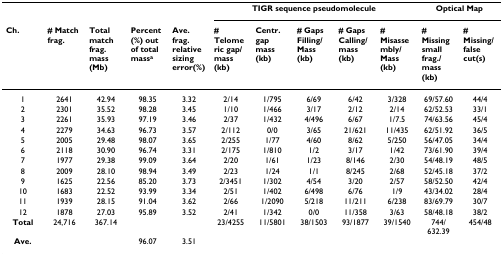
<table><thead><tr><td></td><td></td><td></td><td></td><td></td><td colspan="5"><b>TIGR sequence pseudomolecule</b></td><td colspan="2"><b>Optical Map</b></td></tr><tr><td><b>Ch.</b></td><td><b># Match frag.</b></td><td><b>Total match frag. mass (Mb)</b></td><td><b>Percent (%) out of total mass<sup>a</sup></b></td><td><b>Ave. frag. relative sizing error(%)</b></td><td><b># Telomeric gap/mass (kb)</b></td><td><b>Centr. gap mass (kb)</b></td><td><b># Gaps Filling/Mass (kb)</b></td><td><b># Gaps Calling/mass (kb)</b></td><td><b># Misassembly/Mass (kb)</b></td><td><b># Missing small frag./mass (kb)</b></td><td><b># Missing/false cut(s)</b></td></tr></thead><tbody><tr><td>1</td><td>2641</td><td>42.94</td><td>98.35</td><td>3.32</td><td>2/14</td><td>1/795</td><td>6/69</td><td>6/42</td><td>3/328</td><td>69/57.60</td><td>44/4</td></tr><tr><td>2</td><td>2301</td><td>35.52</td><td>98.28</td><td>3.45</td><td>1/10</td><td>1/466</td><td>3/17</td><td>2/12</td><td>2/14</td><td>62/52.53</td><td>33/1</td></tr><tr><td>3</td><td>2261</td><td>35.93</td><td>97.19</td><td>3.46</td><td>2/37</td><td>1/432</td><td>4/496</td><td>6/67</td><td>1/7.5</td><td>74/63.56</td><td>45/4</td></tr><tr><td>4</td><td>2279</td><td>34.63</td><td>96.73</td><td>3.57</td><td>2/112</td><td>0/0</td><td>3/65</td><td>21/621</td><td>11/435</td><td>62/51.92</td><td>36/5</td></tr><tr><td>5</td><td>2005</td><td>29.48</td><td>98.07</td><td>3.65</td><td>2/255</td><td>1/77</td><td>4/60</td><td>8/62</td><td>5/250</td><td>56/47.05</td><td>34/4</td></tr><tr><td>6</td><td>2118</td><td>30.90</td><td>96.74</td><td>3.31</td><td>2/175</td><td>1/810</td><td>1/2</td><td>3/17</td><td>1/42</td><td>73/61.90</td><td>39/4</td></tr><tr><td>7</td><td>1977</td><td>29.38</td><td>99.09</td><td>3.64</td><td>2/20</td><td>1/61</td><td>1/23</td><td>8/146</td><td>2/30</td><td>54/48.19</td><td>48/5</td></tr><tr><td>8</td><td>2009</td><td>28.10</td><td>98.94</td><td>3.49</td><td>2/23</td><td>1/24</td><td>1/1</td><td>8/245</td><td>2/68</td><td>52/45.18</td><td>37/2</td></tr><tr><td>9</td><td>1625</td><td>22.56</td><td>85.20</td><td>3.73</td><td>2/3451</td><td>1/302</td><td>4/54</td><td>3/20</td><td>2/57</td><td>58/52.50</td><td>42/4</td></tr><tr><td>10</td><td>1683</td><td>22.52</td><td>93.99</td><td>3.34</td><td>2/51</td><td>1/402</td><td>6/498</td><td>6/76</td><td>1/9</td><td>43/34.02</td><td>28/4</td></tr><tr><td>11</td><td>1939</td><td>28.15</td><td>91.04</td><td>3.62</td><td>2/66</td><td>1/2090</td><td>5/218</td><td>11/211</td><td>6/238</td><td>83/69.79</td><td>30/7</td></tr><tr><td>12</td><td>1878</td><td>27.03</td><td>95.89</td><td>3.52</td><td>2/41</td><td>1/342</td><td>0/0</td><td>11/358</td><td>3/63</td><td>58/48.18</td><td>38/2</td></tr><tr><td><b>Total</b></td><td>24,716</td><td>367.14</td><td></td><td></td><td>23/4255</td><td>11/5801</td><td>38/1503</td><td>93/1877</td><td>39/1540</td><td>744/632.39</td><td>454/48</td></tr><tr><td><b>Ave.</b></td><td></td><td></td><td>96.07</td><td>3.51</td><td></td><td></td><td></td><td></td><td></td><td></td><td></td></tr></tbody></table>